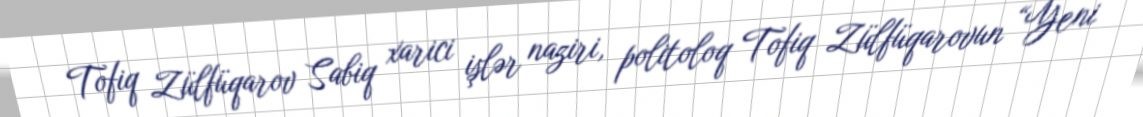
Tofiq Zülfüqarov Sabiq xarici işlər naziri, politoloq Tofiq Zülfüqarovun “Yeni